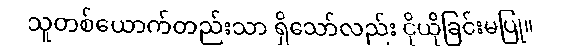
သူတစ်ယောက်တည်းသာ ရှိသော်လည်း ငိုယိုခြင်းမပြု။